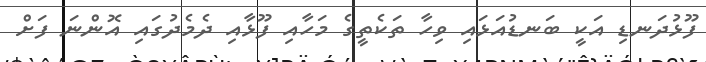
ފޫޅުދަނޑި އަކީ ބަނޑުއަޅައި ވިހާ ތަކެތީގެ މަހާއި ފޫޅާއި ދެމެދުގައި އޮންނަ ފަށް